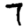
Digit: 7